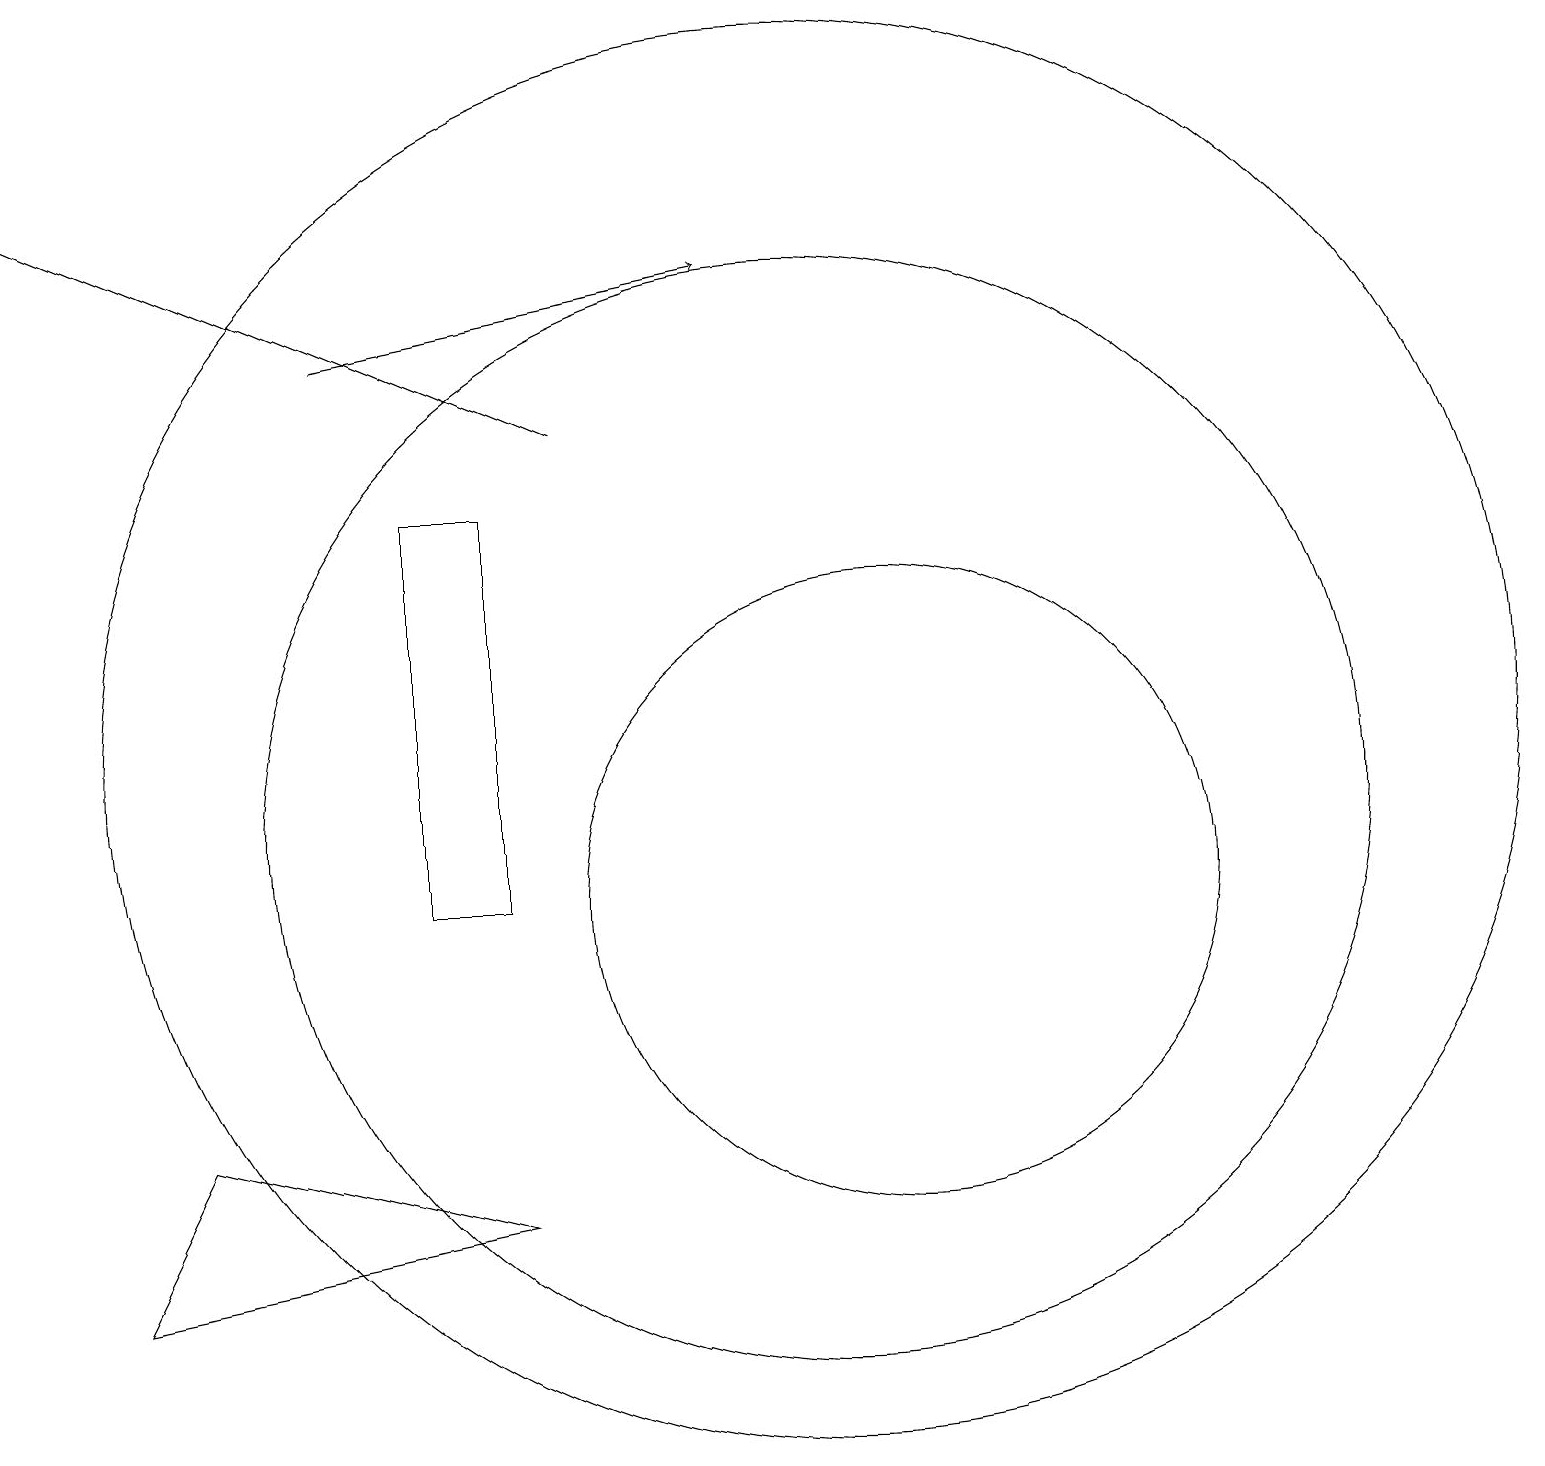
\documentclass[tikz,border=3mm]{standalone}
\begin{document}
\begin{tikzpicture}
\draw (1,5) -- (2,7) -- (6,6) -- cycle;
\draw (10,11) circle (7);
\draw[->] (4,17) -- (9,18);
\draw (5,10) rectangle (6,15);
\draw (10,12) circle (9);
\draw (11,10) circle (4);
\draw[->] (7,16) -- (0,19);
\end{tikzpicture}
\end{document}